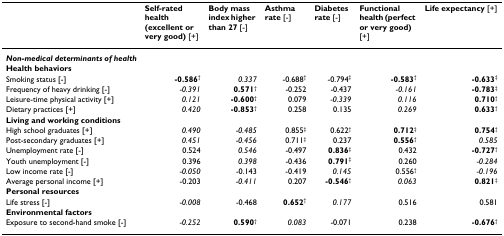
<table><thead><tr><td></td><td><b>Self-rated health (excellent or very good) [+]</b></td><td><b>Body mass index higher than 27 [-]</b></td><td><b>Asthma rate [-]</b></td><td><b>Diabetes rate [-]</b></td><td><b>Functional health (perfect or very good) [+]</b></td><td><b>Life expectancy [+]</b></td></tr></thead><tbody><tr><td><b><i>Non-medical determinants of health</i></b></td><td></td><td></td><td></td><td></td><td></td><td></td></tr><tr><td><b>Health behaviors</b></td><td></td><td></td><td></td><td></td><td></td><td></td></tr><tr><td>Smoking status [-]</td><td><b>-0.586</b><sup>†</sup></td><td><i>0.337</i></td><td>-0.688<sup>†</sup></td><td>-0.794<sup>‡</sup></td><td><b>-0.583</b><sup>†</sup></td><td><b>-0.633</b><sup>‡</sup></td></tr><tr><td>Frequency of heavy drinking [-]</td><td><i>-0.391</i></td><td><b>0.571</b><sup>†</sup></td><td>-0.252</td><td>-0.437</td><td><i>-0.161</i></td><td><b>-0.783</b><sup>‡</sup></td></tr><tr><td>Leisure-time physical activity [+]</td><td><i>0.121</i></td><td><b>-0.600</b><sup>†</sup></td><td>0.079</td><td><i>-0.339</i></td><td><i>0.116</i></td><td><b>0.710</b><sup>†</sup></td></tr><tr><td>Dietary practices [+]</td><td><i>0.420</i></td><td><b>-0.853</b><sup>†</sup></td><td>0.258</td><td>0.135</td><td><i>0.269</i></td><td><b>0.633</b><sup>†</sup></td></tr><tr><td><b>Living and working conditions</b></td><td></td><td></td><td></td><td></td><td></td><td></td></tr><tr><td>High school graduates [+]</td><td><i>0.490</i></td><td><i>-0.485</i></td><td>0.855<sup>‡</sup></td><td>0.622<sup>†</sup></td><td><b>0.712</b><sup>‡</sup></td><td><b>0.754</b><sup>†</sup></td></tr><tr><td>Post-secondary graduates [+]</td><td><i>0.451</i></td><td><i>-0.456</i></td><td>0.711<sup>‡</sup></td><td>0.237</td><td><b>0.556</b><sup>†</sup></td><td><i>0.585</i></td></tr><tr><td>Unemployment rate [-]</td><td>0.524</td><td><i>0.546</i></td><td>-0.497</td><td><b>0.836</b><sup>‡</sup></td><td>0.432</td><td><b>-0.727</b><sup>†</sup></td></tr><tr><td>Youth unemployment [-]</td><td>0.396</td><td><i>0.398</i></td><td>-0.436</td><td><b>0.791</b><sup>‡</sup></td><td>0.260</td><td><i>-0.284</i></td></tr><tr><td>Low income rate [-]</td><td><i>-0.050</i></td><td>-0.143</td><td>-0.419</td><td><i>0.145</i></td><td>0.556<sup>†</sup></td><td><i>-0.196</i></td></tr><tr><td>Average personal income [+]</td><td>-0.203</td><td><i>-0.411</i></td><td>0.207</td><td><b>-0.546</b><sup>†</sup></td><td><i>0.063</i></td><td><b>0.821</b><sup>‡</sup></td></tr><tr><td><b>Personal resources</b></td><td></td><td></td><td></td><td></td><td></td><td></td></tr><tr><td>Life stress [-]</td><td><i>-0.008</i></td><td>-0.468</td><td><b>0.652</b><sup>†</sup></td><td><i>0.177</i></td><td>0.516</td><td>0.581</td></tr><tr><td><b>Environmental factors</b></td><td></td><td></td><td></td><td></td><td></td><td></td></tr><tr><td>Exposure to second-hand smoke [-]</td><td><i>-0.252</i></td><td><b>0.590</b><sup>†</sup></td><td><i>0.083</i></td><td>-0.071</td><td>0.238</td><td><b>-0.676</b><sup>†</sup></td></tr></tbody></table>